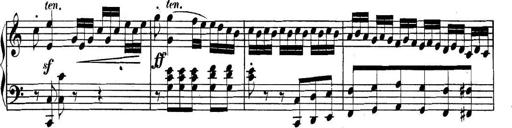
Title: Collected Piano Sonatas
Composer: Muzio Clementi